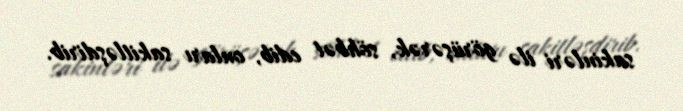
sakinləri ilə görüşərək, söhbət edib, onları sakitləşdirib.